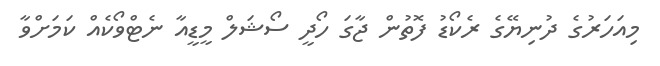
މިއަަހަރުގެ ދުނިޔޭގެ ރެކޯޑު ފޮތުން ޖާގަ ހޯދީ ސޯޝަލް މީޑީއާ ނެޓްވޯކެއް ކަމަށްވާ